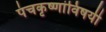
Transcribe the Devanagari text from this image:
पंचकृष्णांविषयी